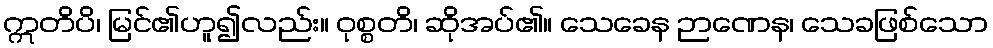
ဣတိပိ၊ မြင်၏ဟူ၍လည်း။ ဝုစ္စတိ၊ ဆိုအပ်၏။ သေခေန ဉာဏေန၊ သေခဖြစ်သော